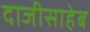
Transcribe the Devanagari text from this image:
दाजीसाहेब